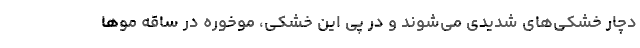
دچار خشکی­های شدیدی می­شوند و در پی این خشکی، موخوره در ساقه موها